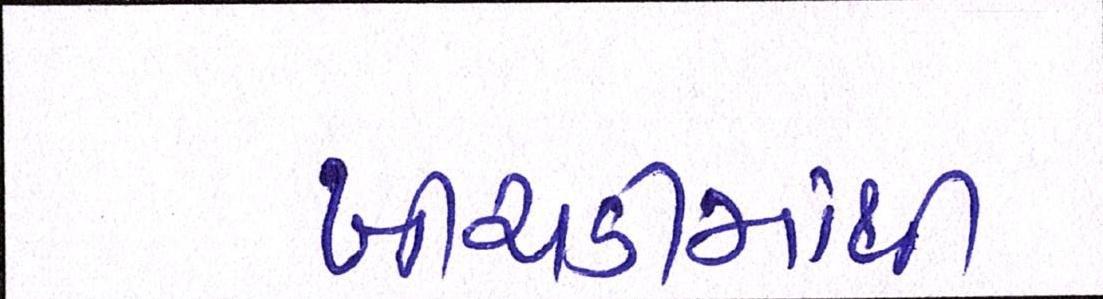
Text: ખીચડીમાંથી